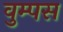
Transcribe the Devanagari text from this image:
वुम्पस